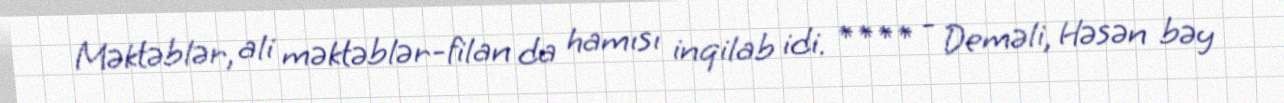
Məktəblər, ali məktəblər-filan da hamısı inqilab idi. **** - Deməli, Həsən bəy